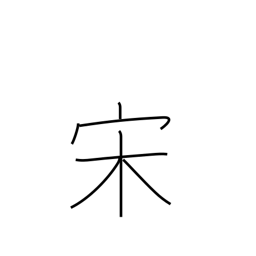
Meaning: Sung dynasty